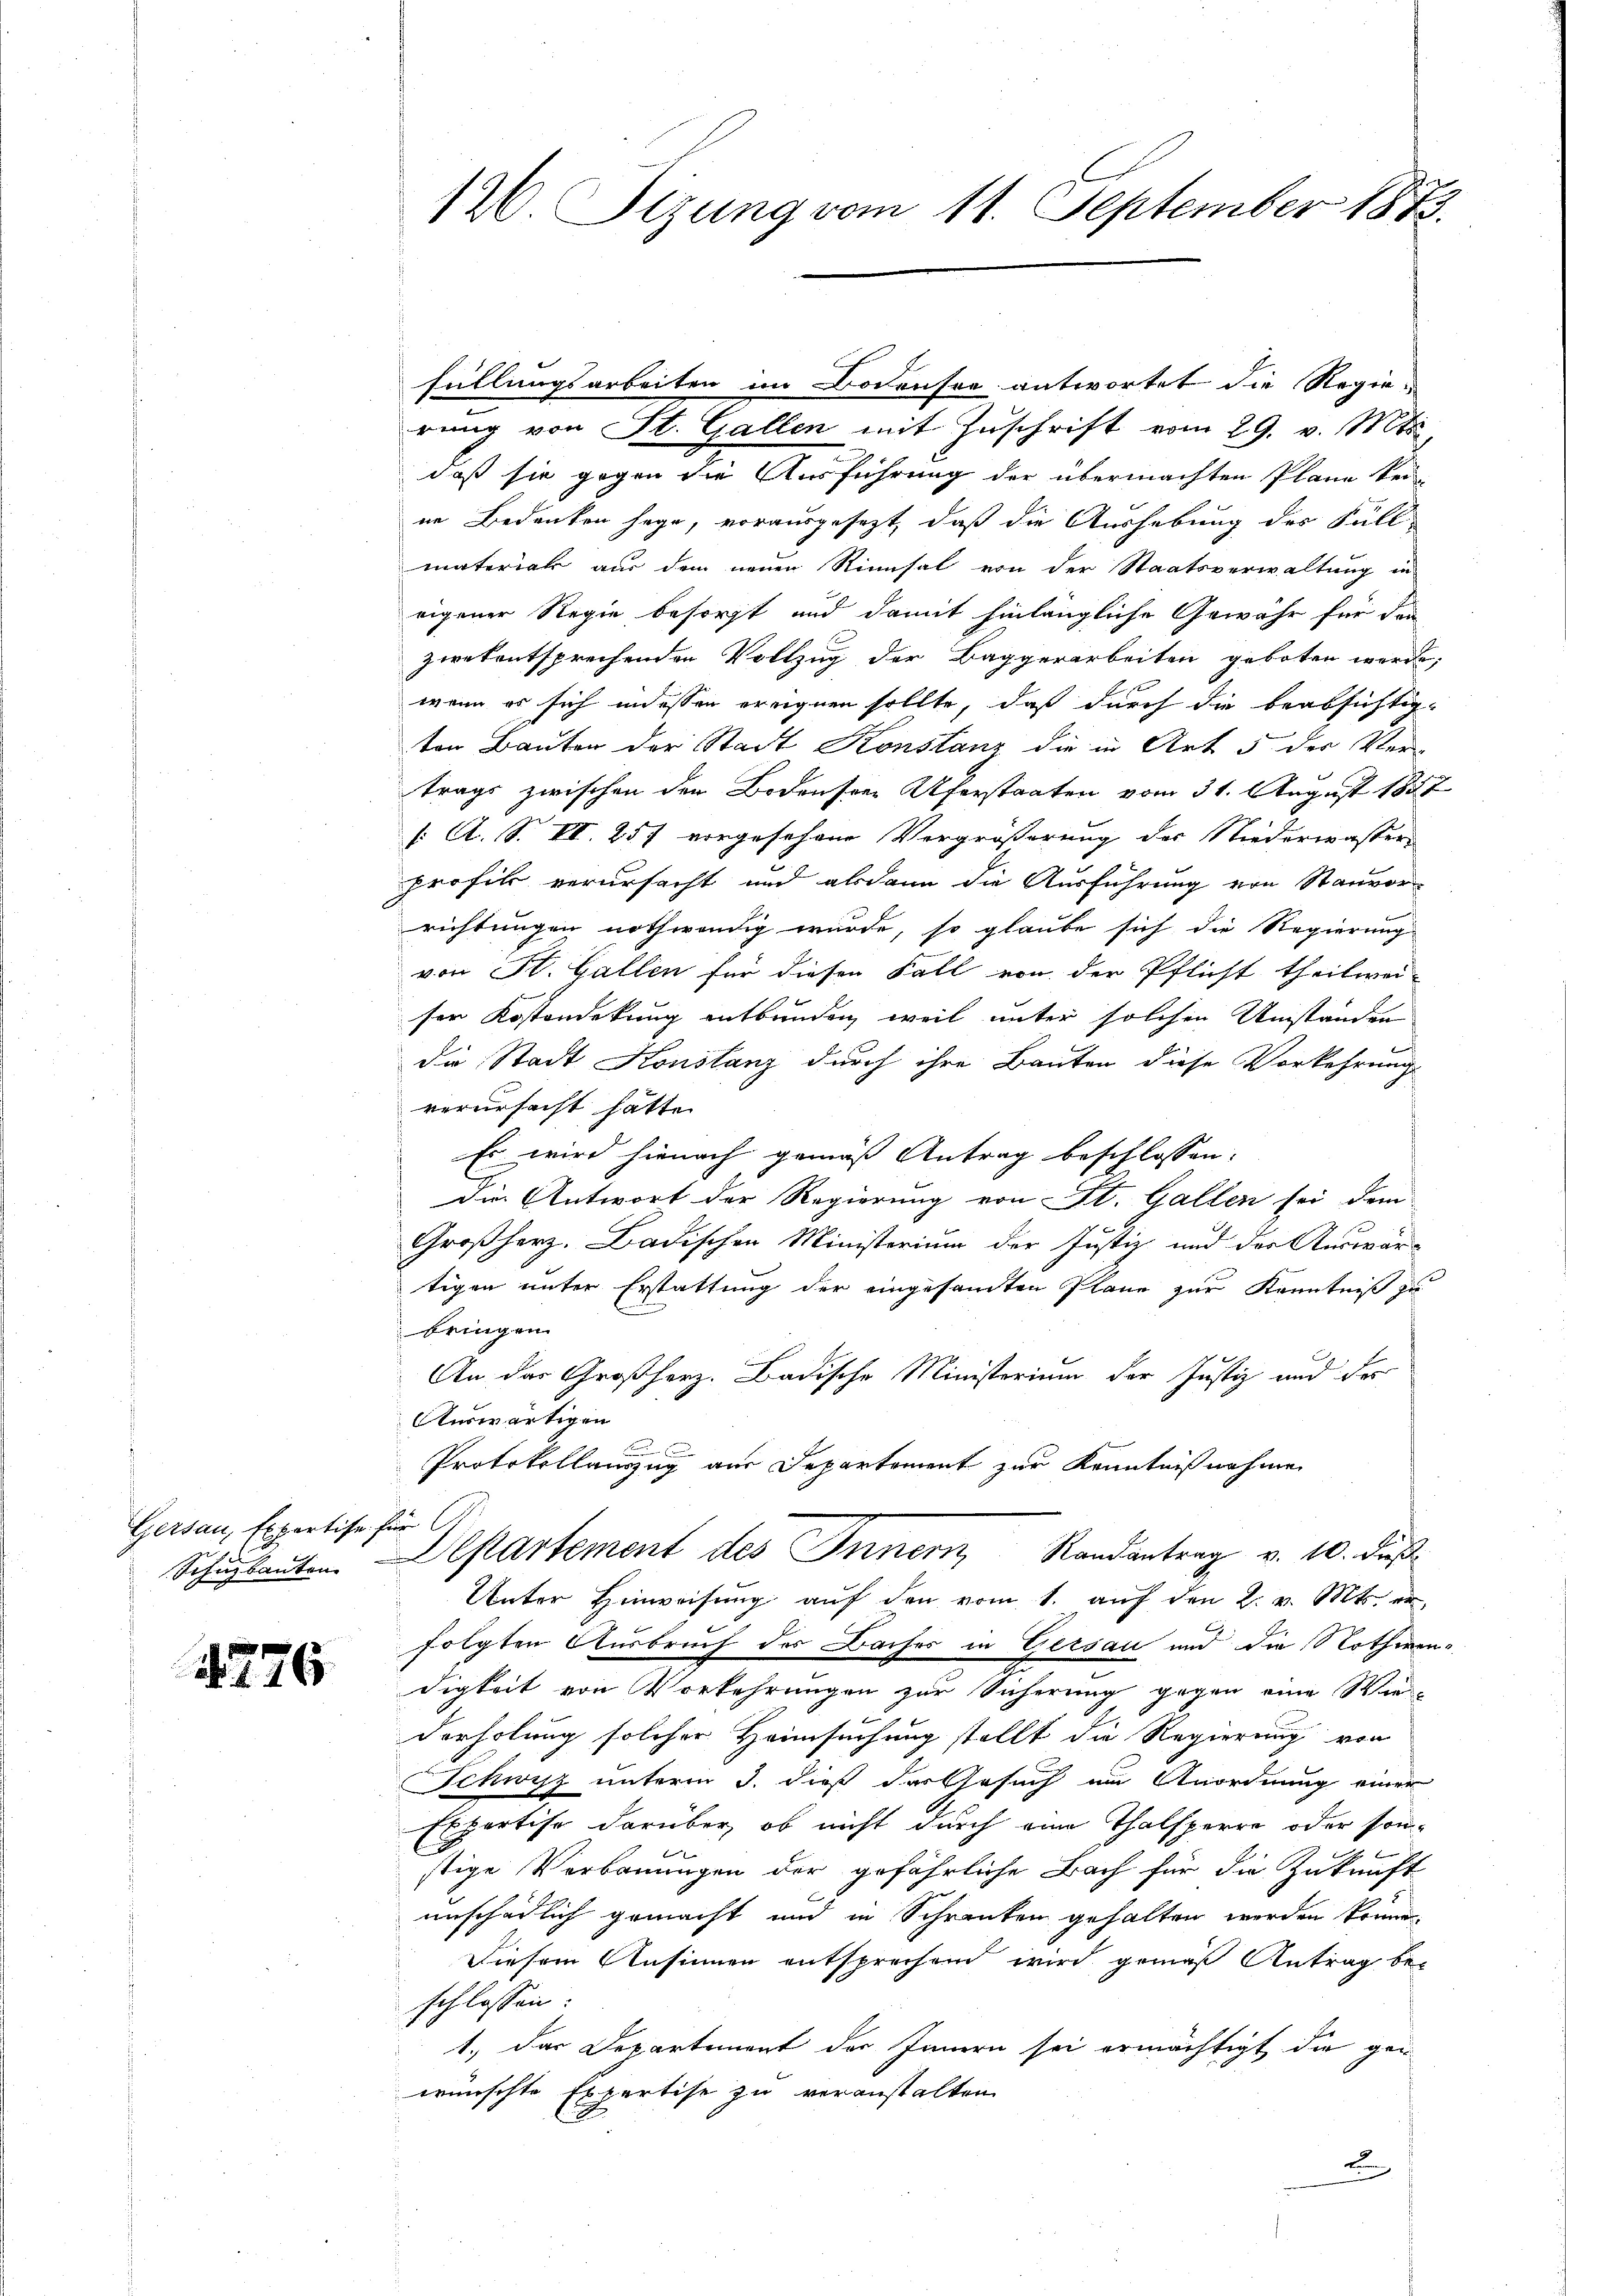
Gersau, Expertise für

1276

füllungsarbeiten im Bodensee antwortet die Regierung von St. Gallen mit Zuschrift vom 29. v. Mts.,
daß sie gegen die Ausführung der übermachten Plane sei
ne Bedanken sage, vorausgesezt, daß die Aushebung des Füll-
material aus dem neuen Rimsal von der Staatsverwaltung in
eigener Regie besorgt und damit hinlängliche Gewähr für den
zwekentsprechenden Vollzug der Baggerarbeiten geboten werde,
wenn es sich indessen ereignen sollte, daß durch die beabsichtigten Bauten der Stadt Konstanz die in Art 5 der Ver-
trags zwischen den Bodensee Uferstaaten vom 31. August 1887
s A. S. II. 257 vorgesehene Vergrößerung der Niederwasser-
profik verursacht und alsdann die Ausführung von Stanvor-
richtungen nothwendig wurde, so glaube sich die Regierung
von St. Gallen für diesen Fall von der Pflicht theilwei-
sen Kostandekung entbunden, weil unter solchen Umständen
die Stadt Konstanz durch ihre Bauten diese Vorkehrung
verursacht hätte.
Es wird hienach gemäß Antrag beschlossen.
Die Antwort der Regierung von St. Gallen sei dem
Großherz. Badischen Ministerium der Justiz- und der Auswärtigen unter Erstattung der eingesamten Pläne zur Kenntniß zu
bringen
An das Großherz. Badische Ministerium der Justiz und der
Auswärtigen
Protokollanzug aus Departement zur Kenntnißnahme
Schŭplanten. Departement des Innern, Randantrag v. 10. dieß
Unter Hinweisung auf den vom 1. auf den 2. v. Mts. er
folgten Ausbruch des Baches in Gersau und die Nothwendigkeit von Vorkehrungen zur Sicherung gegen eine Wie-
derholung solcher Heimsuchung stellt die Regierung von
Schwisz unterm 3. dieß der Gesuch im Anordnung einer
Expertise darüber, ob nicht durch eine Thalsperre oder son-
stige Verbauungen der gefährliche Bach für die Zukunft
unschädlich gemacht und in Schranken gehalten werden könne.
Diesem Unsinnen entsprechend wird gemäß Antrag be-
schlossen:
1.) Das Departement der Innern sei ermächtigt die gewünschte Expertise zu veranstalten.
E

12. Sizung vom 11. September 1873.